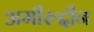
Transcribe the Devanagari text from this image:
अमीरुद्दीन